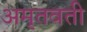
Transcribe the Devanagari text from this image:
अमृतवती